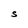
Character: S